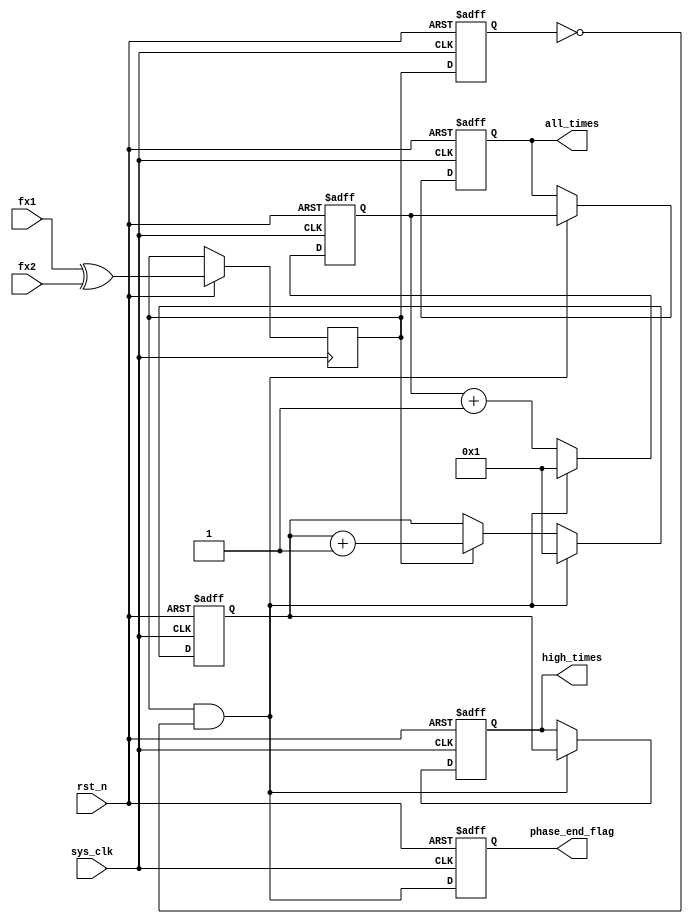
module Phase(
    fx1,
    fx2,
    sys_clk,
    rst_n,
    high_times,
    all_times,
    phase_end_flag
    );

    input                               fx1                        ;
    input                               fx2                        ;
    input                               sys_clk                    ;
    input                               rst_n                      ;
    output reg         [  15:0]         high_times                 ;
    output reg         [  15:0]         all_times                  ;
    output reg                          phase_end_flag             ;

wire                                    catin_pos                  ;//??????????????????????
wire                                    XOR_reg                    ;
reg                                     XOR                        ;
    
reg                                     syn1                       ;
reg                    [  15:0]         high_times_reg             ;
reg                    [  15:0]         all_times_reg              ;
//????????????????????
assign XOR_reg = fx1^fx2;
    always@(posedge sys_clk or negedge rst_n)begin
        if(!rst_n)begin
            syn1 <= 0;
        end
        else begin
            XOR <= XOR_reg;
            syn1 <= XOR;
        end
    end
//?????????????????????????????
assign catin_pos = XOR & (~syn1);
//?????????????????????????
always@(posedge sys_clk or negedge rst_n)begin
    if(!rst_n)begin
        high_times_reg <= 1 ;
        all_times_reg <=  1 ;
    end
    else if(catin_pos) begin
        high_times_reg <= 1 ;
        all_times_reg  <= 1 ;
    end
    else if(XOR) begin
        high_times_reg <= high_times_reg + 1;
        all_times_reg <= all_times_reg  + 1 ;
    end
    else if(!XOR) begin
        all_times_reg <= all_times_reg  + 1 ;
    end
    else begin
        high_times_reg <= high_times_reg ;
        all_times_reg <= all_times_reg   ;
    end
end
//?????????????????????????????????
always@(posedge sys_clk or negedge rst_n)begin
    if(!rst_n)begin
        high_times <= 0;
        all_times  <= 0;
    end
    else if(catin_pos) begin
        high_times <= high_times_reg ;
        all_times  <= all_times_reg  ;
    end
    else begin
        high_times <= high_times ;
        all_times  <= all_times  ;
    end
end

always@(posedge sys_clk or negedge rst_n)begin
    if(!rst_n)begin
        phase_end_flag <= 0;
    end
    else begin
        phase_end_flag <= catin_pos;
    end
end
endmodule